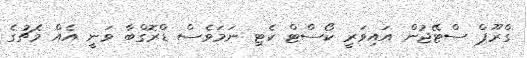
ގްރޫޕް ސްޓޭޖުން އައިވަރީ ކޯސްޓް ކެޓި ނަމަވެސް ޑްރޮގްބާ ވަނީ އެއް މެޗުގެ